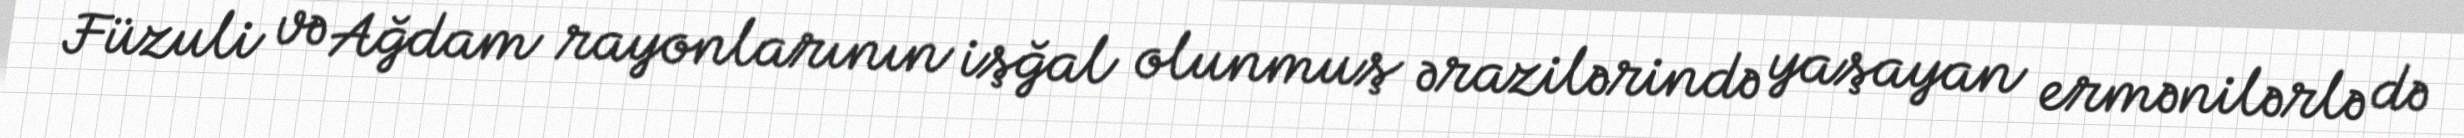
Füzuli və Ağdam rayonlarının işğal olunmuş ərazilərində yaşayan ermənilərlə də